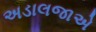
અડાલજાએ